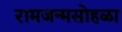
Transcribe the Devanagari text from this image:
रामजन्मसोहळा